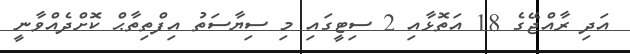
އަދި ރާއްޖޭގެ 18 އަތޮޅާއި 2 ސިޓީގައި މި ސިޔާސަތު އިފްތިތާޙް ކޮށްދެއްވާނީ